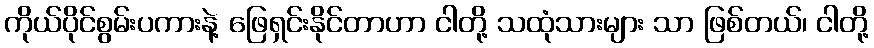
ကိုယ်ပိုင်စွမ်းပကားနဲ့ ဖြေရှင်းနိုင်တာဟာ ငါတို့ သထုံသားများ သာ ဖြစ်တယ်၊ ငါတို့